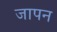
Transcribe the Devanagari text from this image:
जापन